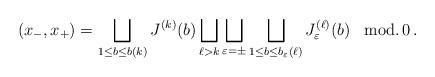
LaTeX: \begin{align*}(x_-,x_+) = \bigsqcup_{1\le b\le b(k)}J^{(k)}(b) \bigsqcup_{\ell >k}\bigsqcup_{\varepsilon = \pm}\bigsqcup_{1\le b\le b_\varepsilon (\ell)} J_\varepsilon^{(\ell)}(b) \;\;\; \hbox{mod.}\, 0\, . \end{align*}